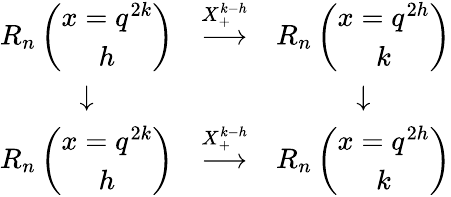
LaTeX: \begin{array}{cccccccccccccc}{{R_{n}\left(\begin{array}{c}{{x=q^{2k}}}\\ {{h}}\end{array}\right)}}&{{\stackrel{X_{+}^{k-h}}{\longrightarrow}}}&{{R_{n}\left(\begin{array}{c}{{x=q^{2h}}}\\ {{k}}\end{array}\right)}}\\ {{\downarrow}}&{{}}&{{\downarrow}}\\ {{R_{n}\left(\begin{array}{c}{{x=q^{2k}}}\\ {{h}}\end{array}\right)}}&{{\stackrel{X_{+}^{k-h}}{\longrightarrow}}}&{{R_{n}\left(\begin{array}{c}{{x=q^{2h}}}\\ {{k}}\end{array}\right)}}\end{array}